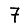
Digit: 7